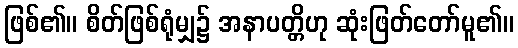
ဖြစ်၏။ စိတ်ဖြစ်ရုံမျှ၌ အနာပတ္တိဟု ဆုံးဖြတ်တော်မူ၏။